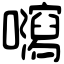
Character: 𡄽